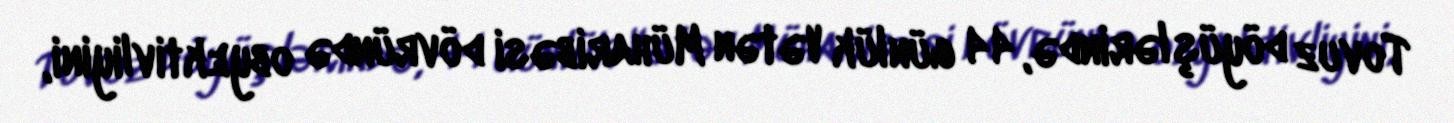
Tovuz döyüşlərində, 44 günlük Vətən Müharibəsi dövründə obyektivliyini,